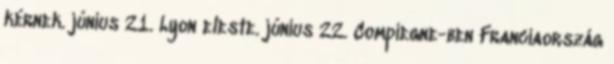
kérnek. június 21. Lyon eleste. június 22. Compiegne-ben Franciaország